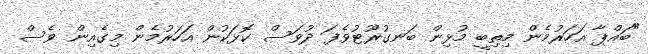
"ބައްޕާ އަހަރުމެން މިތިބީ މުޅިން ބަނގުރޫޓުވެފަ ދުވަސް ކޮޅަކުން އަހަރުމެން މިގެއިން ވެސް